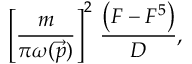
\left[ \frac { m } { \pi \omega ( \vec { p } ) } \right] ^ { 2 } \, \frac { \left( F - F ^ { 5 } \right) } { { \cal D } } ,